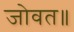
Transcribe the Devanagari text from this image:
जोवत॥